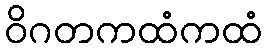
ဝိဂတကထံကထံ